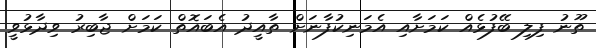
ތޫނު ފިލި ބޭފުޅެއް ކަމަށާއި އެމަނިކުފާނަށް ތާއީދު އެބައޮތް ކަމަށް ޖާބިރު ވިދާޅުވީ